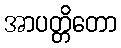
အာပတ္တိတော